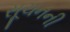
સૂચનની